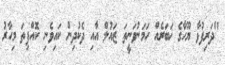
"ދަރިފުޅާ ޔޫހާގެ ޚަބަރެއް ހަމަނުވަނީތަ ޒައުލް އާއި ދެކުދިން ކައިވެނި ކޮއްފިތަ މިހާރު